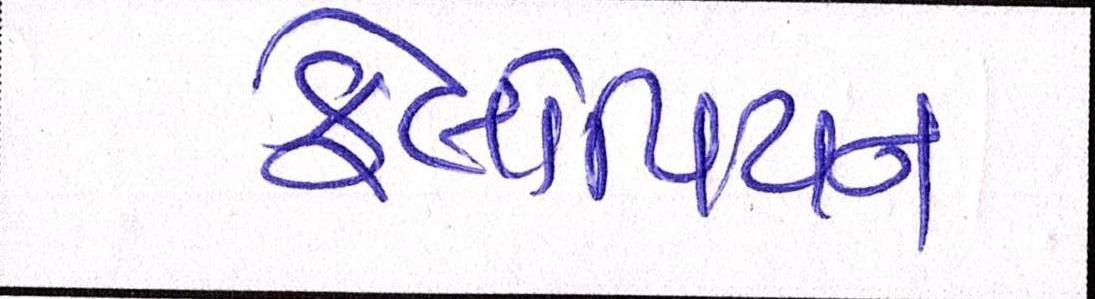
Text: ફેલોપિયન